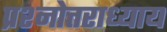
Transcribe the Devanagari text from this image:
प्रश्नोत्तराध्याय